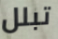
تبلل